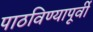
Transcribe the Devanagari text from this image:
पाठविण्यापूर्वी